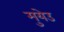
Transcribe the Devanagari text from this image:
मुयेउ